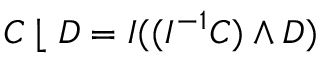
C \; \lfloor \; D = I ( ( I ^ { - 1 } C ) \wedge D )